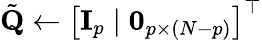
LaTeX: \tilde{\mathbf{Q}}\gets\left[\mathbf{I}_{p}\; |\; \mathbf{0}_{p\times(N-p)}\right]^{\top}